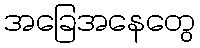
အခြေအနေတွေ